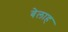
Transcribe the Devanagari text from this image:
बेलाह